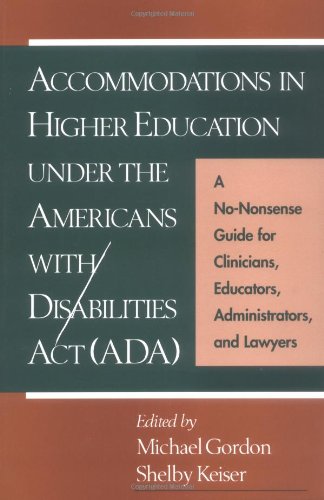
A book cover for Accommodations in Higher Education under the Americans with Disabilities Act: A No-Nonsense Guide for Clinicians, Educators, Administrators, and Lawyers; Law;